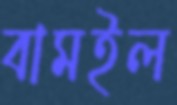
বামইল